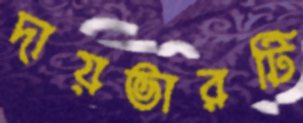
দায়ভারটি